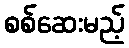
စစ်ဆေးမည့်